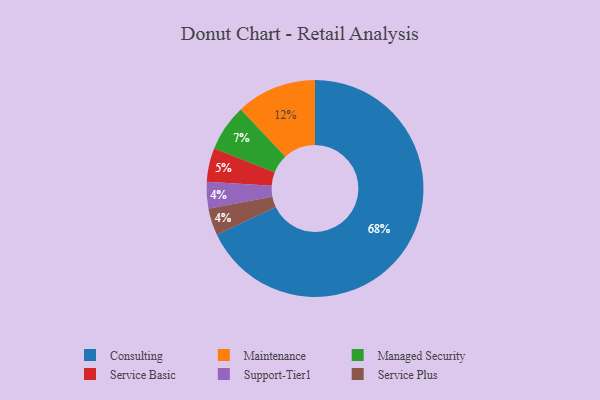
{"axis": {"x": "Category", "y": "Percentage"}, "legend": ["Consulting", "Maintenance", "Managed Security", "Service Basic", "Service Plus", "Support-Tier1"], "data": [{"x": "Support-Tier1", "y": 4, "type": "Support-Tier1"}, {"x": "Managed Security", "y": 7, "type": "Managed Security"}, {"x": "Maintenance", "y": 12, "type": "Maintenance"}, {"x": "Consulting", "y": 68, "type": "Consulting"}, {"x": "Service Basic", "y": 5, "type": "Service Basic"}, {"x": "Service Plus", "y": 4, "type": "Service Plus"}]}